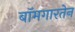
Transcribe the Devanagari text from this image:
बॉमगारतेन